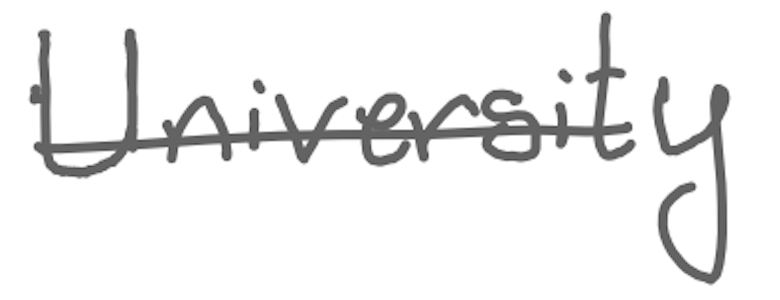
Text: University
Cross-out: mix
Writing tool: digital_gray